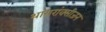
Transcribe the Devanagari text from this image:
थांयरांक्सीजन